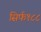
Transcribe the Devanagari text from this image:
सिर्फ१८८